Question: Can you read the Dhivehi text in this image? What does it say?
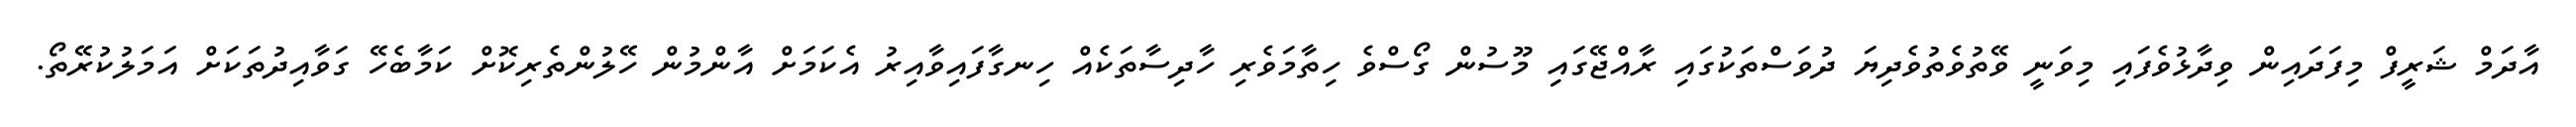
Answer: އާދަމް ޝަރީފް މިފަދައިން ވިދާޅުވެފައި މިވަނީ ވޭތުވެތުވެދިޔަ ދުވަސްތަކުގައި ރާއްޖޭގައި މޫސުން ގޯސްވެ ހިތާމަވެރި ހާދިސާތަކެއް ހިނގާފައިވާއިރު އެކަމަށް އާންމުން ހޭލުންތެރިކޮށް ކަމާބެހޭ ގަވާއިދުތަކަށް އަމަލުކުރޭތޯ.